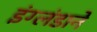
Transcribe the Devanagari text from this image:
इंग्लंडाने